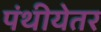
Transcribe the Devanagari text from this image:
पंथीयेतर